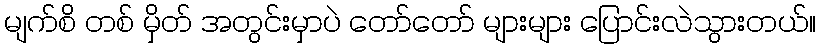
မျက်စိ တစ် မှိတ် အတွင်းမှာပဲ တော်တော် များများ ပြောင်းလဲသွားတယ်။